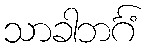
သာခါဘင်္ဂံ